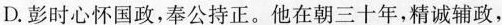
D.彭时心怀国政，奉公持正。他在朝三十年，希诚辅政，